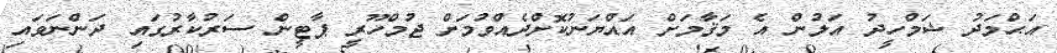
އަޙްމަދު ޝަމްހީދު އަލުން އެ މަޤާމަށް އައްޔަނުކޮށްދެއްވުމަށް ޖުމްހޫރީ ޕާޓީން ސަރުކާރުގައި ދަންނަވައި